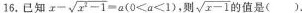
16.已知 $$x - \sqrt { x ^ { 2 } - 1 } = a